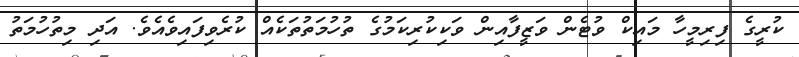
ކުރީގެ ފިރިމީހާ މައިކް ވުޓެން ވަޒީފާއިން ވަކިކުރިކަމުގެ ތުހުމަތުތަކެއް ކުރެވިފައިވެއެވެ. އަދި މިތުހުމަތު